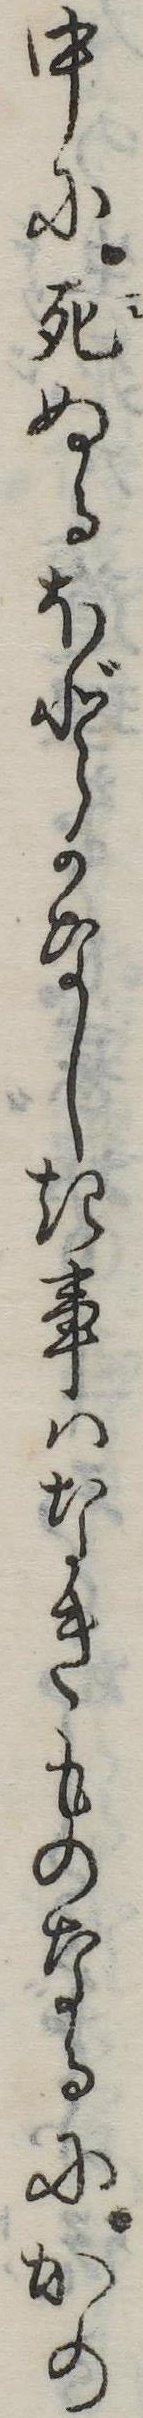
中に死ぬるほどかなしき事はなきものなるにかの